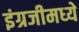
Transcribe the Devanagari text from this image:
इंग्रजीमध्‍ये